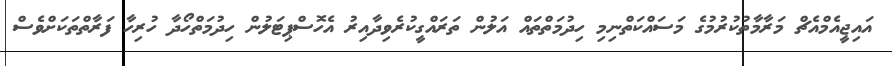
އައިޖީއެމްއެޗް މަރާމާތުކުރުމުގެ މަސައްކަތްނިމި ހިދުމަތްތައް އަލުން ތަރައްގީކުރެވިދާއިރު އެހޮސްޕިޓަލުން ހިދުމަތްހޯދާ ހުރިހާ ފަރާތްތަކަށްވެސް